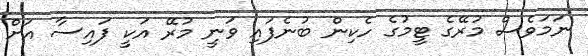
ނަމަވެސް މުރޭގެ ޓީމުގެ ހެކިން ބުނެފައި ވަނީ މުރޭ އަކީ ފައިސާ އަށް